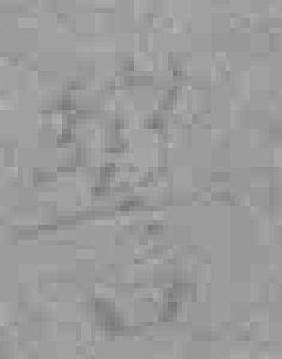
警